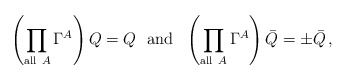
\begin{align*}\left(\prod_{{\rm all \ } A} \Gamma^A \right) Q = Q \ \ {\rm and} \ \ \left(\prod_{{\rm all \ } A} \Gamma^A \right) \bar Q = \pm \bar Q \, ,\end{align*}